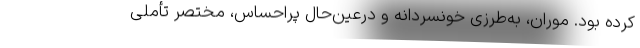
کرده بود. موران، به‌طرزی خونسردانه و درعین‌حال پراحساس، مختصر تأملی